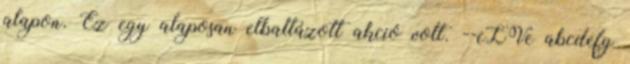
alapon. Ez egy alaposan elbaltázott akció volt. --eLVe abcdefg